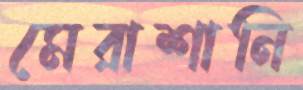
মেরাশানি